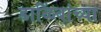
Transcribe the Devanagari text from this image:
डाळिंबांच्या